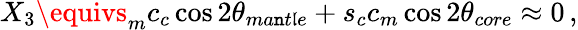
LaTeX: X_{3}\equivs_{m}c_{c}\cos2\theta_{ma\mathtt{n}t\mathfrak{l}e}+s_{c}c_{m}\cos2\theta_{core}\approx0\, ,